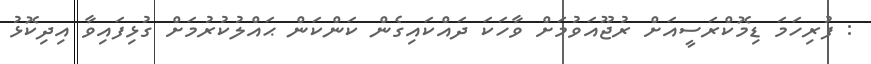
: ފުރިހަމަ ޑިމޮކްރަސީއަށް ރުޖޫއަވުމަށް ވާހަކަ ދައްކައިގެން ކަންކަން ޙައްލުކުރުމަށް ގުޅިފައިވާ އިދިކޮޅު